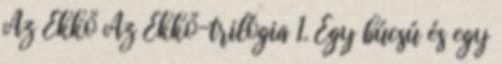
Az ​Ékkő Az Ékkő-trilógia 1. Egy búcsú és egy